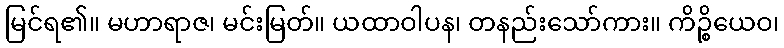
မြင်ရ၏။ မဟာရာဇ၊ မင်းမြတ်။ ယထာဝါပန၊ တနည်းသော်ကား။ ကိဉ္စိယေဝ၊